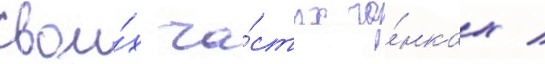
свои́х ча́стых го́нках /